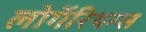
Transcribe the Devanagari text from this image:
लोगॅरिथम्स